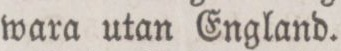
wara utan England.